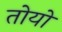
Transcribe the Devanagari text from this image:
तोयो